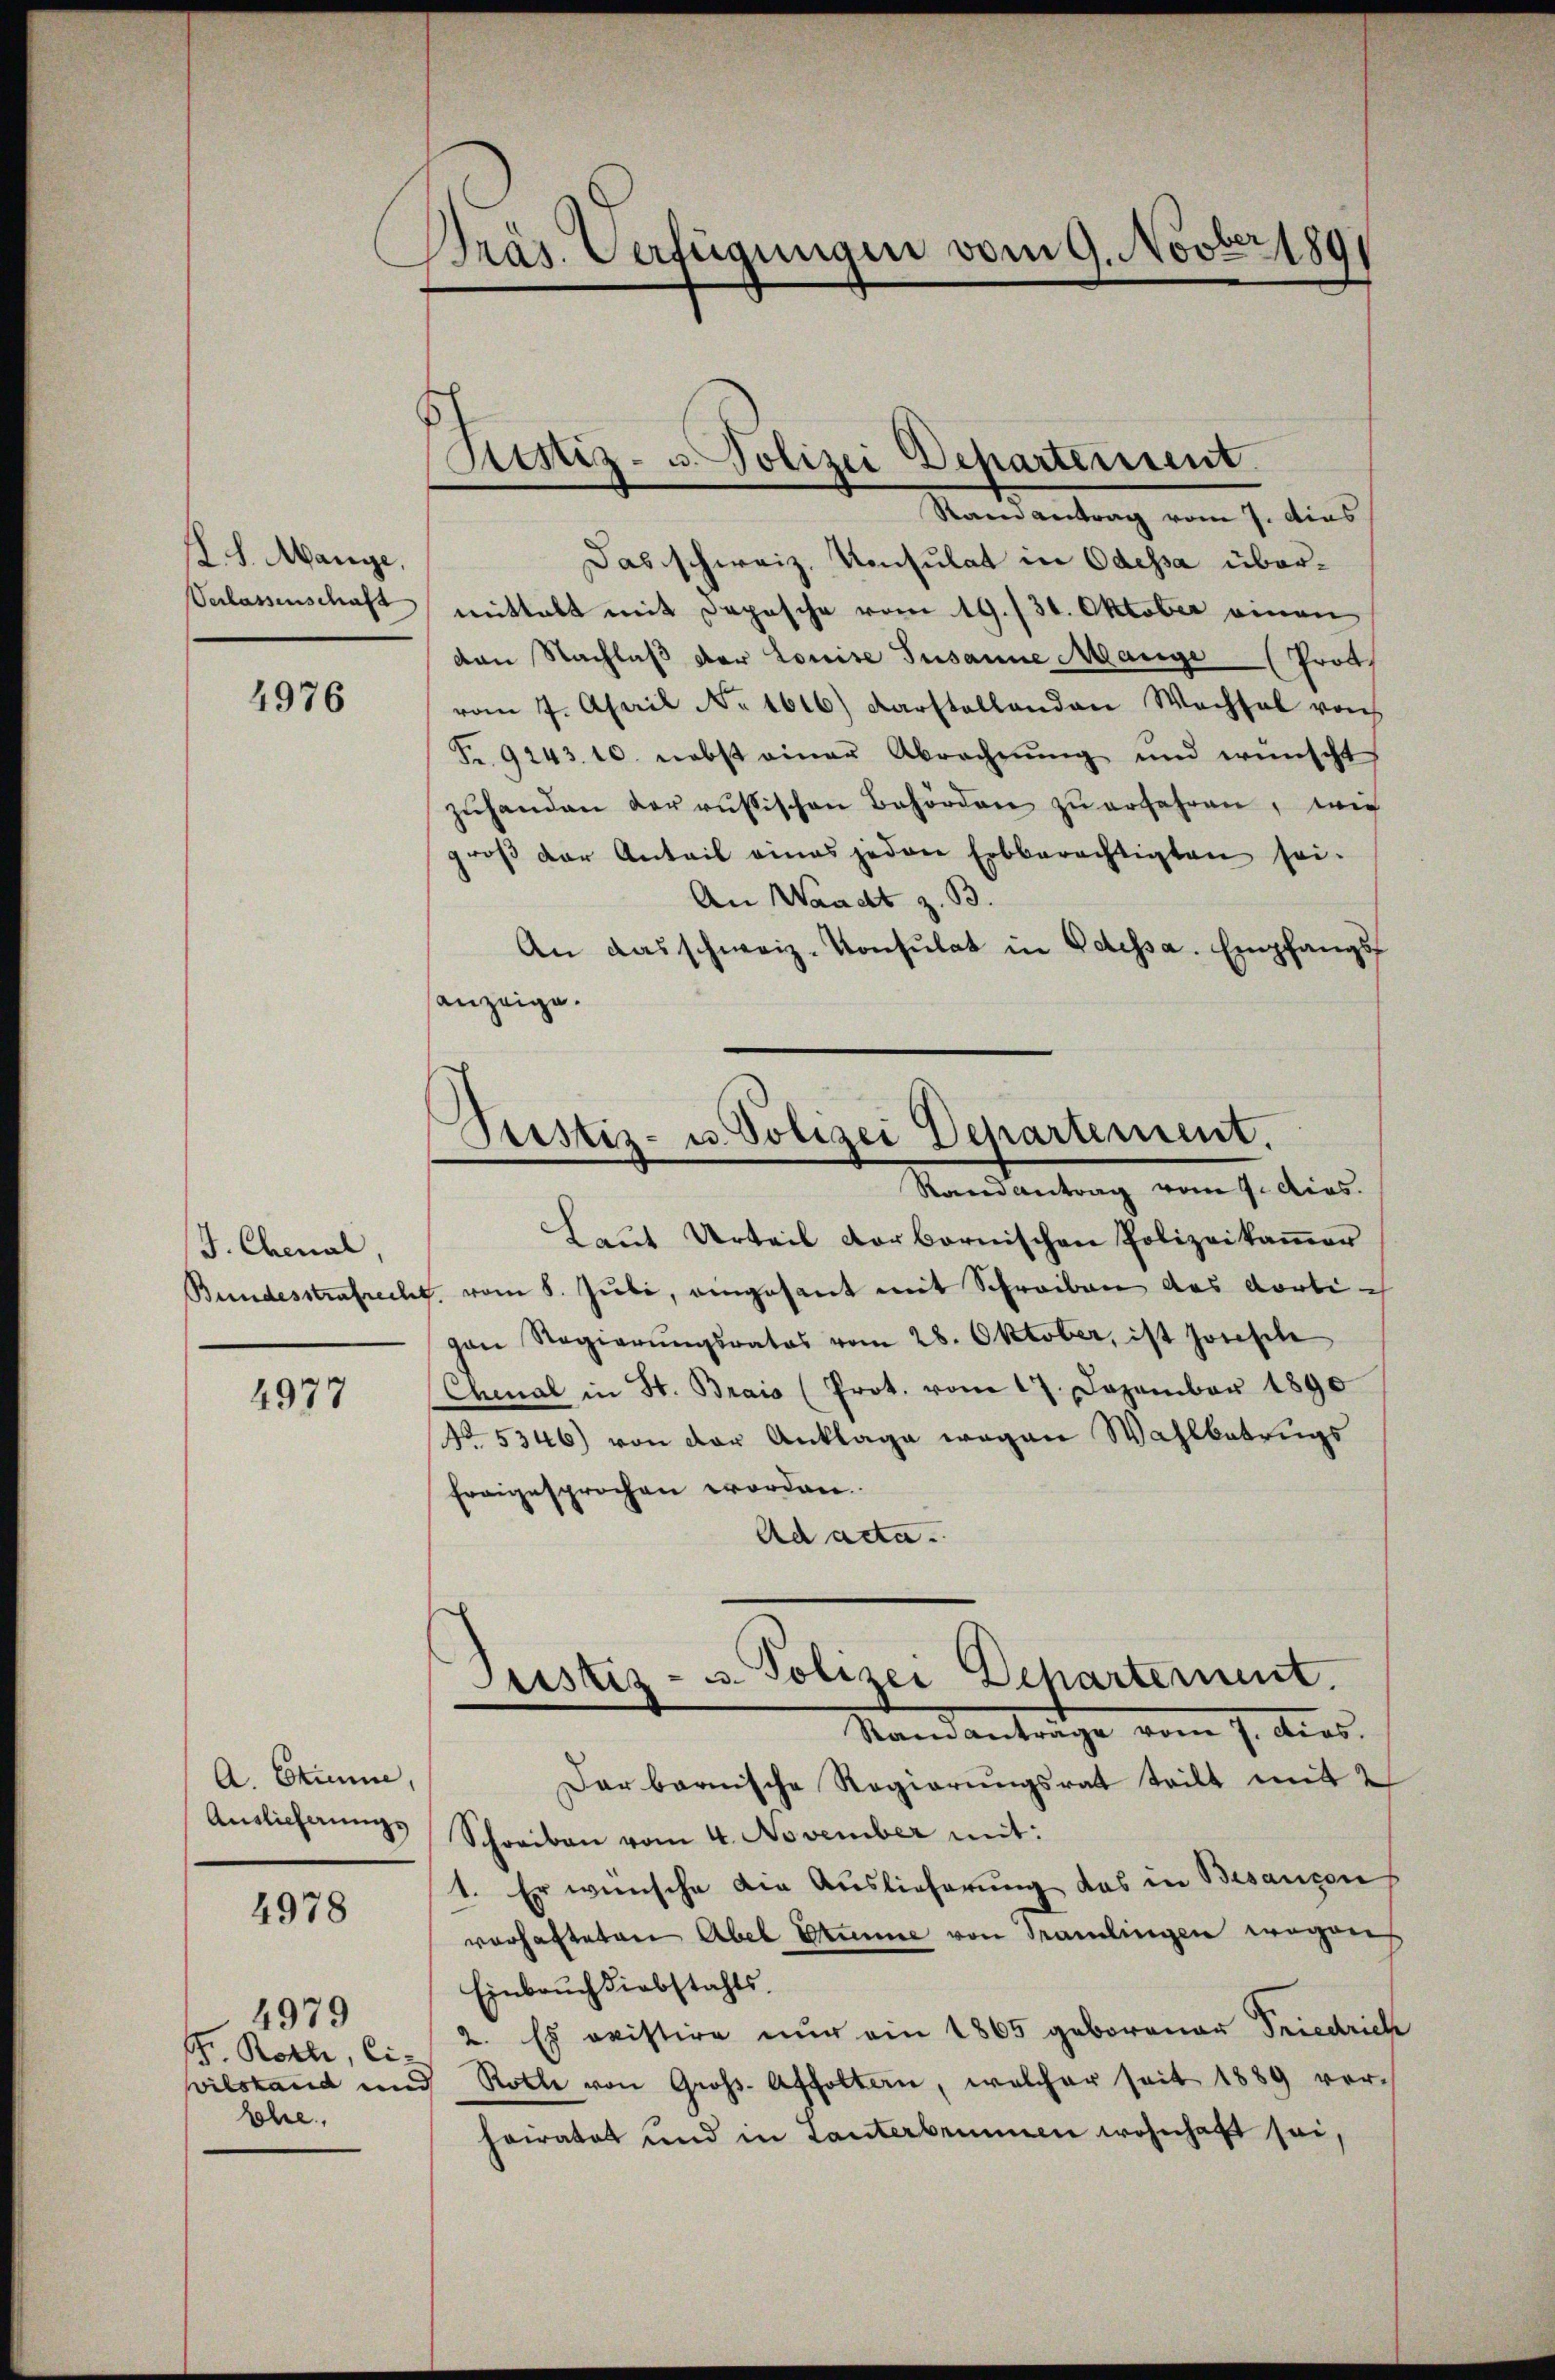
K. S. Mange,
Verlassenschaft

4976

J. Chenal,

4977

A. Erinne,

4978

4979
Gr. Roth, Ci-
vilstand un
Lohre

Präs. Verfügungen vom 9. Novber 189

Sistiz- u. Polizei Departerrent.

Rain antrag vom 7. dies
Das schweiz. Konsulat in Odessa übermittalt mit Depesche vom 19./30. Oktober einen
den Nachlaß der Louise Susanne Mange Prot
vom 7. April No 1616) Darstellanden Wachsel von
Fr. 9243. 10. nebst einer Abrechnŭng und wünscht
zŭhanden der russischen Behörden zŭ erfahren, wie
groß der Anteil eines jedere Erbberechtigten sei.
An Waadt z. B.
An das schweiz. Konsulat in Odessa. Empfangsanzeige.

Pustiz- u. Polizei Departement.
Randantrag vom 7. dies.

Justiz- u. Polizei Departement
Stand anträge vom 7. dies

Laut Urteil vorbernischen Polizeikammer
Bundesstrafrecht, vom 8. Juli, eingesant mit Schreiben des dorti ch
gan Regierŭngsrates vom 28. Oktober, ist sonsch
Chenal in St. Brais (Prot. vom 17. Dezember 1890
No. 5346) von der Anklage wegen Wahlbetrugs
fragesprochen worden.
Ad acta.
Dar barnische Regierungsrat teilt mit 2
Anslicherŭngs Schreiben vom 4. November mit:
1. Er wünsche die Auslieferung das in Besanzen
vorhafteten Abel Stumme von Tramlingen wegen
Einbrŭch diebstahls.
2. Es weistire nur ein 1865 geborener Friedrich
 Rolle von Groß-Affoltern, welcher seit 1889 verheiratet und in Lanterbrunnen wohnhaft sei,